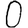
Digit: 0